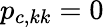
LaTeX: p_{c,kk}=0